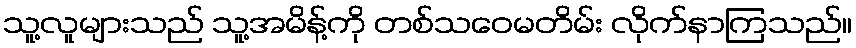
သူ့လူများသည် သူ့အမိန့်ကို တစ်သဝေမတိမ်း လိုက်နာကြသည်။